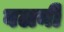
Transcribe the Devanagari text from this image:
बलनी